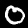
Label: 0